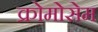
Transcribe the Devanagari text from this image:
क्रोमोसेम